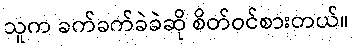
သူက ခက်ခက်ခဲခဲဆို စိတ်ဝင်စားတယ်။